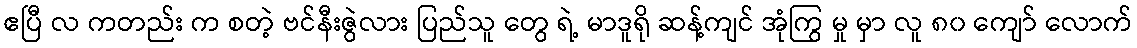
ဧပြီ လ ကတည်း က စတဲ့ ဗင်နီးဇွဲလား ပြည်သူ တွေ ရဲ့ မာဒူရို ဆန့်ကျင် အုံကြွ မှု မှာ လူ ၈၀ ကျော် လောက်